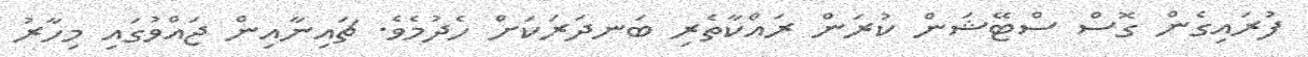
ފުރައިގެން ގޮސް ސްޓޭޝަން ކުރަން ރައްކާތެރި ބަނދަރަކަށް ހެދުމެވެ. ޗައިނާއިން ޖައްވުގައި މިހާރު